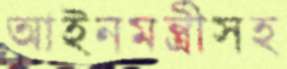
আইনমন্ত্রীসহ